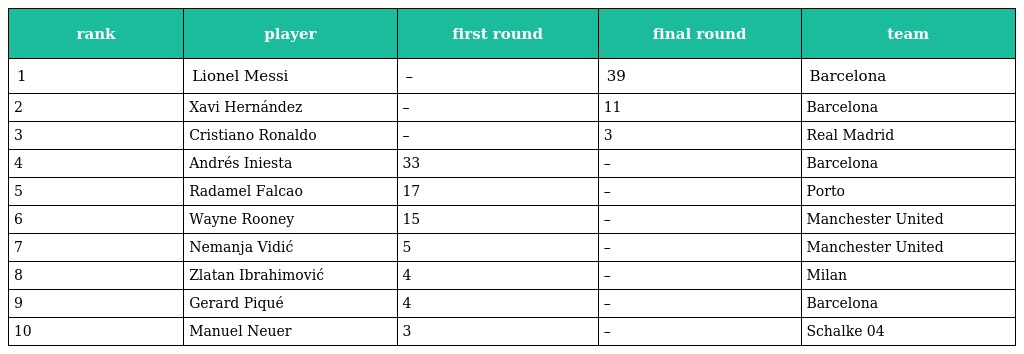
| rank | player | first round | final round | team |
 | --- | --- | --- | --- | --- |
 | 1 | Lionel Messi | – | 39 | Barcelona |
 | 2 | Xavi Hernández | – | 11 | Barcelona |
 | 3 | Cristiano Ronaldo | – | 3 | Real Madrid |
 | 4 | Andrés Iniesta | 33 | – | Barcelona |
 | 5 | Radamel Falcao | 17 | – | Porto |
 | 6 | Wayne Rooney | 15 | – | Manchester United |
 | 7 | Nemanja Vidić | 5 | – | Manchester United |
 | 8 | Zlatan Ibrahimović | 4 | – | Milan |
 | 9 | Gerard Piqué | 4 | – | Barcelona |
 | 10 | Manuel Neuer | 3 | – | Schalke 04 |